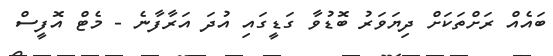
ބައެއް ރަށްތަކަށް ދިޔަވަރު ބޮޑުވާ ގަޑީގައި އުދަ އަރާފާނެ - މެޓް އޮފީސް